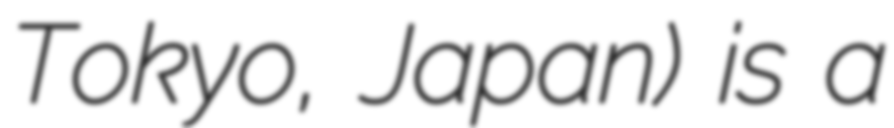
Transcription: Tokyo, Japan) is a